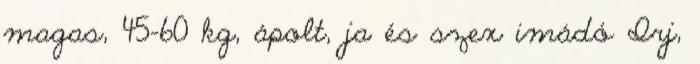
magas, 45-60 kg, ápolt, ja és szex imádó Irj,